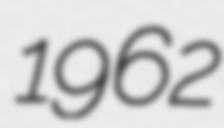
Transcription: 1962